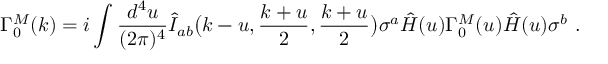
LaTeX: \Gamma _ { 0 } ^ { M } ( k ) = i \int { \frac { d ^ { 4 } u } { ( 2 \pi ) ^ { 4 } } } \hat { I } _ { a b } \big ( k - u , { \frac { k + u } { 2 } } , { \frac { k + u } { 2 } } \big ) \sigma ^ { a } \hat { H } ( u ) \Gamma _ { 0 } ^ { M } ( u ) \hat { H } ( u ) \sigma ^ { b } \ .